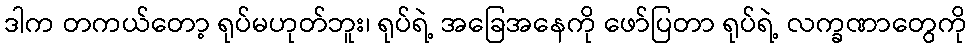
ဒါက တကယ်တော့ ရုပ်မဟုတ်ဘူး၊ ရုပ်ရဲ့ အခြေအနေကို ဖော်ပြတာ ရုပ်ရဲ့ လက္ခဏာတွေကို